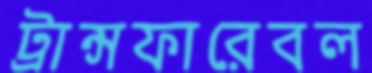
ট্রান্সফারেবল